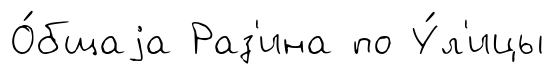
О́бщаjа Раз'ина по У́л'ицы